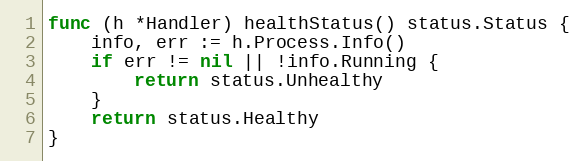
Language: Go
func (h *Handler) healthStatus() status.Status {
	info, err := h.Process.Info()
	if err != nil || !info.Running {
		return status.Unhealthy
	}
	return status.Healthy
}